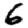
Digit: 6